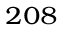
^ { 2 0 8 }